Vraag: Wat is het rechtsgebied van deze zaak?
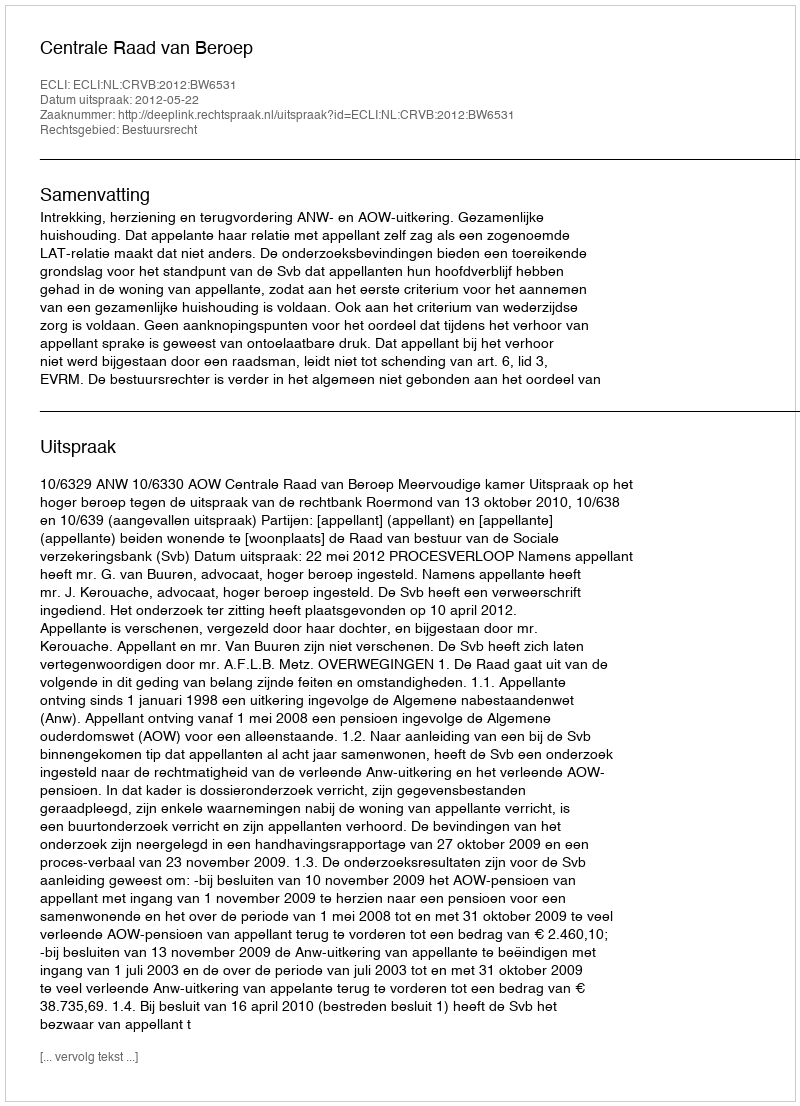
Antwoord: Bestuursrecht